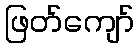
ဖြတ်ကျော်